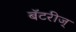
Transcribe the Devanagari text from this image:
बॅटरीज्